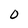
Character: 0